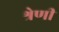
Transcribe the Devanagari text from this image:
श्रेणीं